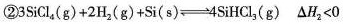
②$$3SiCl_{4}(g)+2H_{2}(g)+